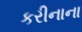
કરીનાના